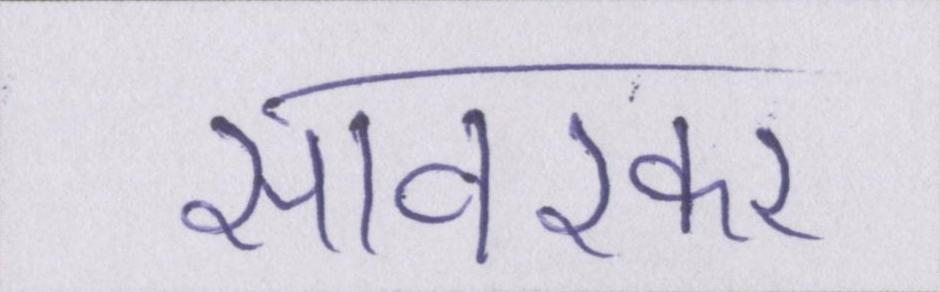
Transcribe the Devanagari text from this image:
सावरकर